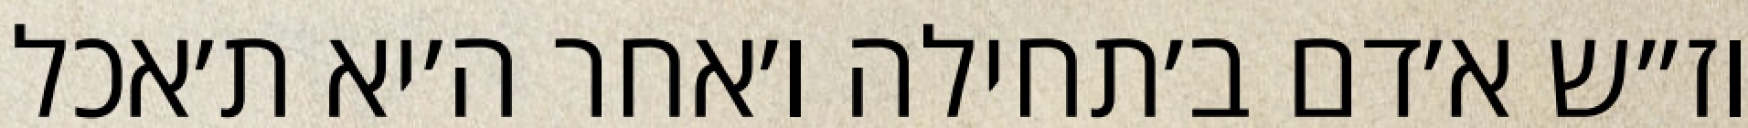
וז״ש א׳דם ב׳תחילה ו׳אחר ה׳יא ת׳אכל